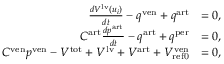
\begin{array} { r l } { \frac { d V ^ { \mathrm { l v } } \left( u _ { i } \right) } { d t } - q ^ { \mathrm { v e n } } + q ^ { \mathrm { a r t } } } & { = 0 , } \\ { C ^ { \mathrm { a r t } } \frac { d p ^ { \mathrm { a r t } } } { d t } - q ^ { \mathrm { a r t } } + q ^ { \mathrm { p e r } } } & { = 0 , } \\ { C ^ { \mathrm { v e n } } p ^ { \mathrm { v e n } } - V ^ { \mathrm { t o t } } + V ^ { \mathrm { l v } } + V ^ { \mathrm { a r t } } + V _ { \mathrm { { r e f 0 } } } ^ { \mathrm { v e n } } } & { = 0 , } \end{array}